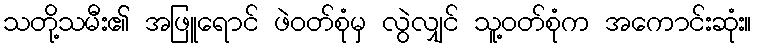
သတို့သမီး၏ အဖြူရောင် ဖဲဝတ်စုံမှ လွဲလျှင် သူ့ဝတ်စုံက အကောင်းဆုံး။